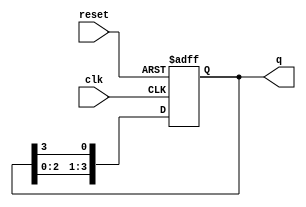
module ring_counter (
    input wire clk,          // Clock signal
    input wire reset,        // Asynchronous reset signal
    output reg [N-1:0] q     // Output of the ring counter
);
    parameter N = 4;         // Number of flip-flops (change as needed)

    always @(posedge clk or posedge reset) begin
        if (reset) begin
            // Asynchronous reset: set the first flip-flop to 1, others to 0
            q <= 1'b1 << (N-1); // Initialize the counter to 1000...0
        end else begin
            // Synchronous operation: shift the bits to the left
            q <= {q[N-2:0], q[N-1]}; // Shift left and wrap around
        end
    end
endmodule